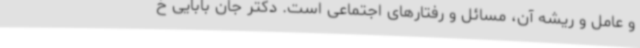
و عامل و ریشه آن، مسائل و رفتارهای اجتماعی است. دکتر جان بابایی خ